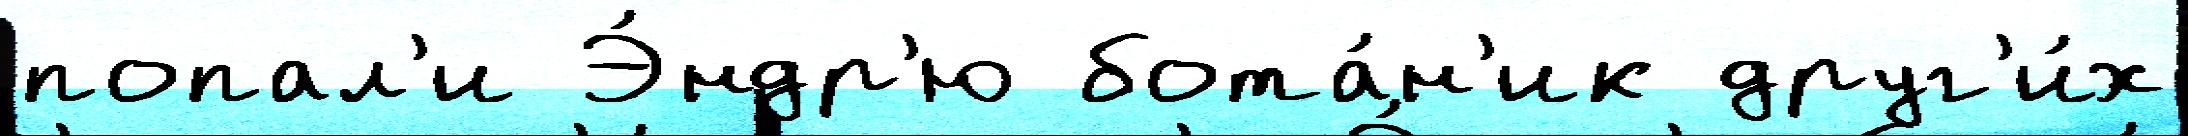
попал'и Э́ндр'ю бота́н'ик друг'и́х